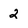
Character: 2